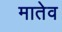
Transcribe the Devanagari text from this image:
मातेव